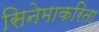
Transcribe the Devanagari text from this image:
सिनेमाकरिता